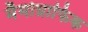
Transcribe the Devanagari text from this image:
मैमोग्राफिक